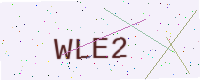
Text: WLE2